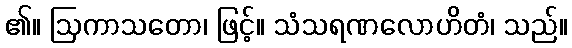
၏။ ဩကာသတော၊ ဖြင့်။ သံသရဏလောဟိတံ၊ သည်။